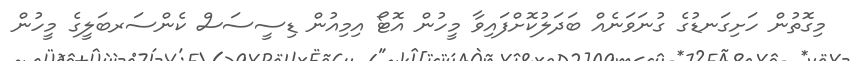
މިގޮތުން ހަށިގަނޑުގެ ގުނަވަނެއް ބަދަލުކޮށްފައިވާ މީހުން އޮޓޯ އިމިއުން ޑިސީސަސް ކެންސަރބަލީގެ މީހުން